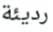
رديئة